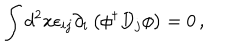
\int d ^ { 2 } x \epsilon _ { i j } \partial _ { i } \left( \phi ^ { \dagger } D _ { j } \phi \right) = 0 \, ,